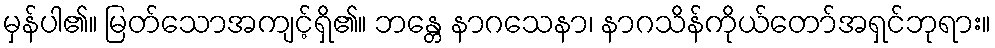
မှန်ပါ၏။ မြတ်သောအကျင့်ရှိ၏။ ဘန္တေ နာဂသေနာ၊ နာဂသိန်ကိုယ်တော်အရှင်ဘုရား။